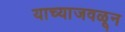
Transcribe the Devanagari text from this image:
याच्याजवळून